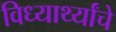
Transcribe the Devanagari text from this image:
विध्यार्थ्यांचे